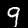
Label: 9